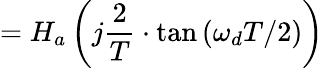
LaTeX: =H_{a}\left(j{\frac{2}{T}}\cdot\tan\left(\omega_{d}T/2\right)\right)